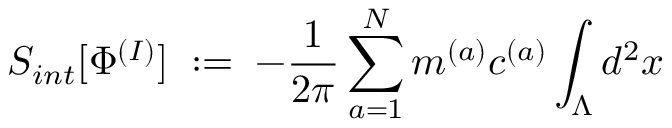
S _ { i n t } [ \Phi ^ { ( I ) } ] \; : = \; - \frac { 1 } { 2 \pi } \sum _ { a = 1 } ^ { N } m ^ { ( a ) } c ^ { ( a ) } \int _ { \Lambda } d ^ { 2 } x \;